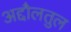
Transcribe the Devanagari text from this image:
अद्दौलतुल